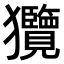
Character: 𤣟